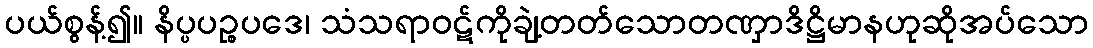
ပယ်စွန့်၍။ နိပ္ပပဉ္စပဒေ၊ သံသရာဝဋ်ကိုချဲ့တတ်သောတဏှာဒိဋ္ဌိမာနဟုဆိုအပ်သော